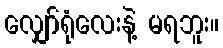
လျှော်ရုံလေးနဲ့ မရဘူး။